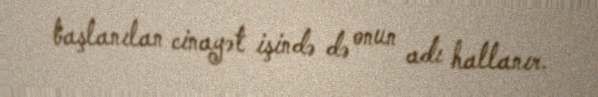
başlanılan cinayət işində də onun adı hallanır.